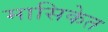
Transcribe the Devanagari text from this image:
मासिकेत